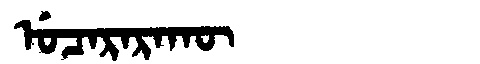
Manchu: ᡠᠴᠠᡵᠠᡵᠠᡴᡡ
Romanization: UCARARAKŪ